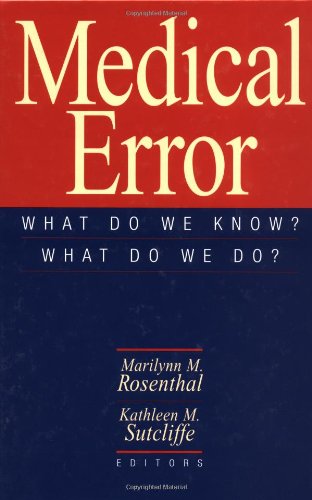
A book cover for Medical Error: What Do We Know What Do We Do; Law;